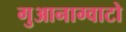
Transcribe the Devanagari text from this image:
गुआनाग्वाटो